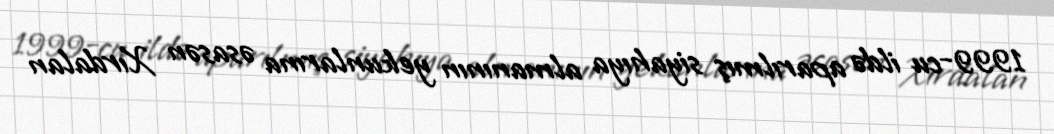
1999-cu ildə aparılmış siyahıya almanının yekunlarına əsasən Xırdalan